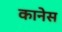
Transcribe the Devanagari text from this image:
कानेस